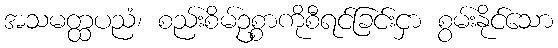
အသမတ္ထပညံ၊ စည်းစိမ်ဥစ္စာကိုစီရင်ခြင်းငှာ စွမ်းနိုင်သော